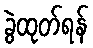
ခွဲထုတ်ရန်